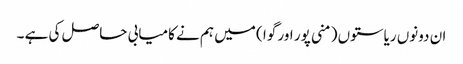
ان دونوں ریاستوں ( منی پور اور گوا ) میں ہم نے کامیابی حاصل کی ہے ۔